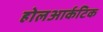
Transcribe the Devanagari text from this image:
होलआर्कटिक